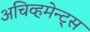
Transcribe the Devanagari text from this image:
अचिव्हमेन्ट्स